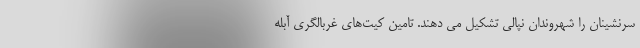
سرنشینان را شهروندان نپالی تشکیل می دهند. تامین کیت‌های غربالگری آبله